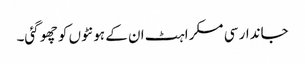
جاندار سی مسکراہٹ ان کے ہونٹوں کو چھو گئی۔